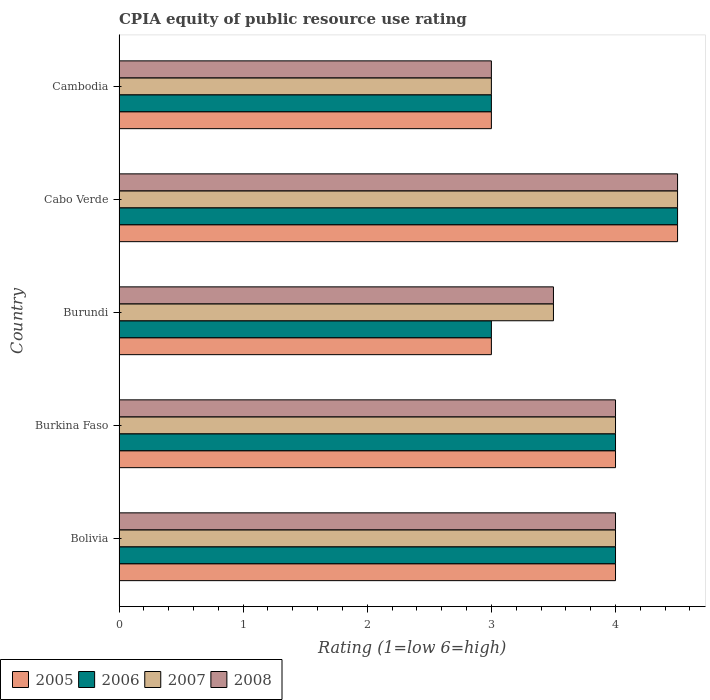
| Country | 2005 | 2006 | 2007 | 2008 |
 | --- | --- | --- | --- | --- |
 | Bolivia | 4 | 4 | 4 | 4 |
 | Burkina Faso | 4 | 4 | 4 | 4 |
 | Burundi | 3 | 3 | 3.5 | 3.5 |
 | Cabo Verde | 4.5 | 4.5 | 4.5 | 4.5 |
 | Cambodia | 3 | 3 | 3 | 3 |